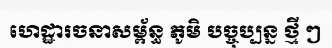
ហេដ្ឋារចនាសម្ព័ន្ធ ភូមិ បច្ចុប្បន្ន ថ្មី ៗ